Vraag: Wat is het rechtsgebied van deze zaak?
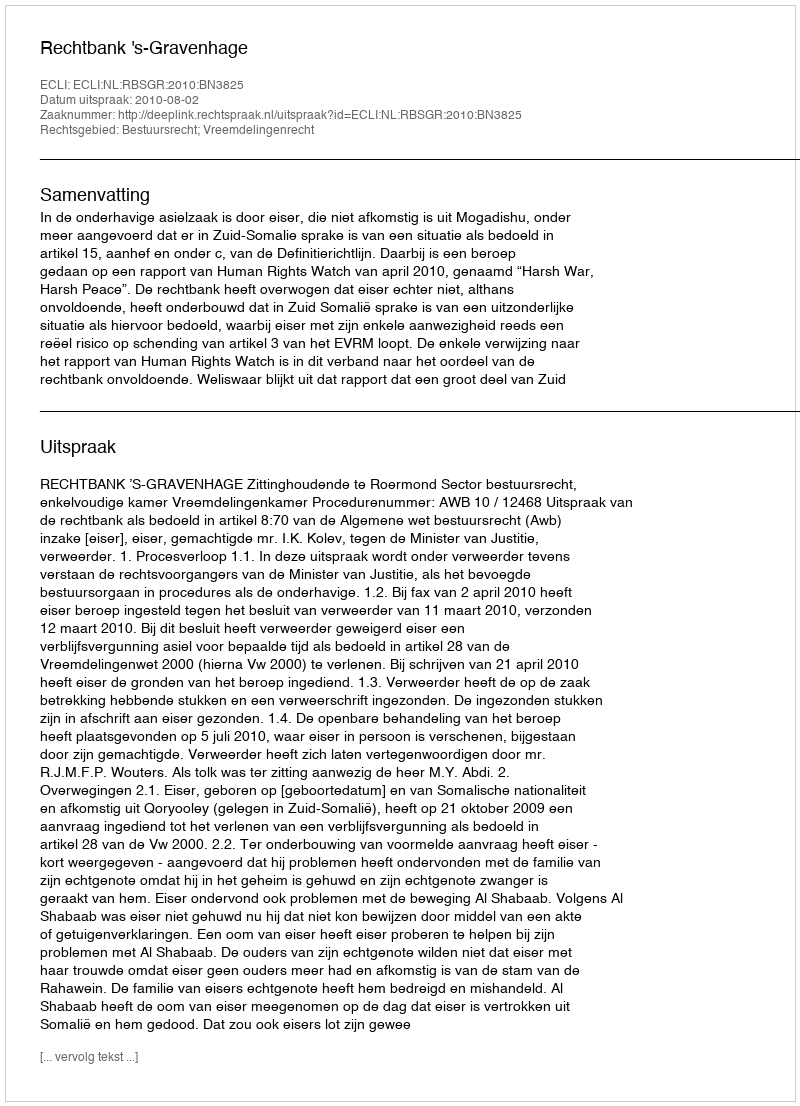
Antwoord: Bestuursrecht; Vreemdelingenrecht